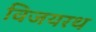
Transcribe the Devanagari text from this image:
विजयरथ